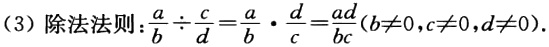
(3) 除法法则：$\frac{a}{b} \div \frac{c}{d}=\frac{a}{b} \cdot \frac{d}{c}=\frac{ad}{bc}(b \neq 0, c \neq 0, d \neq 0)$